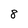
Character: 8